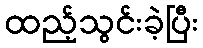
ထည့်သွင်းခဲ့ပြီး